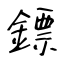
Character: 鏢